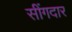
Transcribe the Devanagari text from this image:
सींगदार